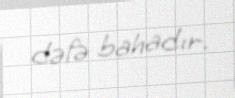
dəfə bahadır.